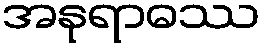
အနုရာဓဿ